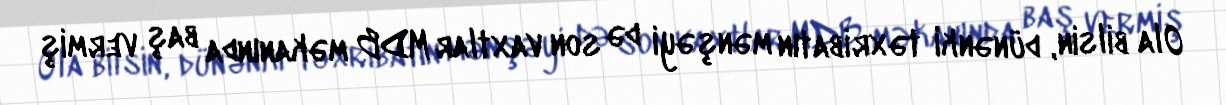
Ola bilsin, dünənki təxribatın mənşəyi də son vaxtlar MDB məkanında baş vermiş